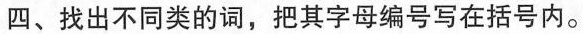
四、找出不同类的词,把其字母编号写在括号内。